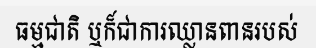
ធម្មជាតិ ឬក៏ជាការឈ្លានពានរបស់